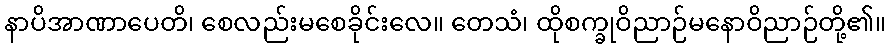
နာပိအာဏာပေတိ၊ စေလည်းမစေခိုင်းလေ။ တေသံ၊ ထိုစက္ခုဝိညာဉ်မနောဝိညာဉ်တို့၏။